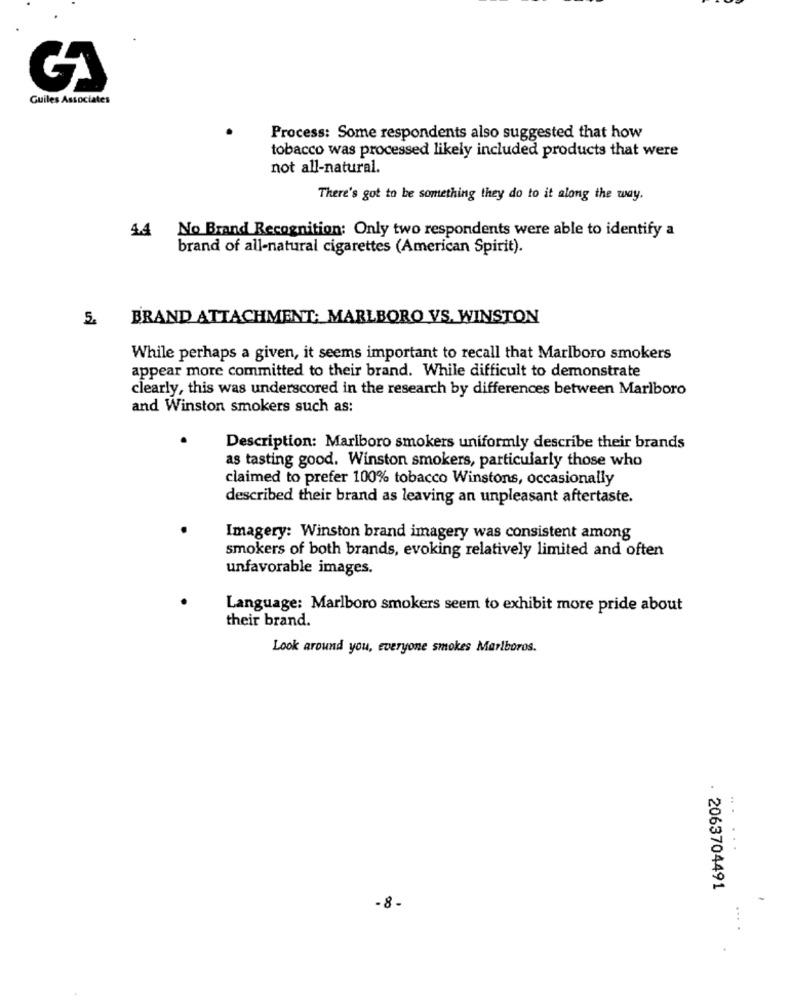
Guiles Associates
Process: Some respondents also suggested that how
tobacco was processed likely included products that were
not all-natural.
There's got to be something they do to it along the way.
No Brand Recognition: Only two respondents were able to identify a
4.4
brand of all-natural cigarettes (American Spirit).
BRAND ATTACHMENT: MARLBORO VS. WINSTON
While perhaps a given, it seems important to recall that Marlboro smokers
appear more committed to their brand. While difficult to demonstrate
clearly, this was underscored in the research by differences between Marlboro
and Winston smokers such as:
Description: Marlboro smokers uniformly describe their brands
as tasting good. Winston smokers, particularly those who
claimed to prefer 100% tobacco Winstons, occasionally
described their brand as leaving an unpleasant aftertaste.
Imagery: Winston brand imagery was consistent among
smokers of both brands, evoking relatively limited and often
unfavorable images.
Language: Marlboro smokers seem to exhibit more pride about
their brand.
Look around you, everyone smokes Marlboros.
· 2063704491
-
-8-
...